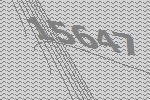
15647